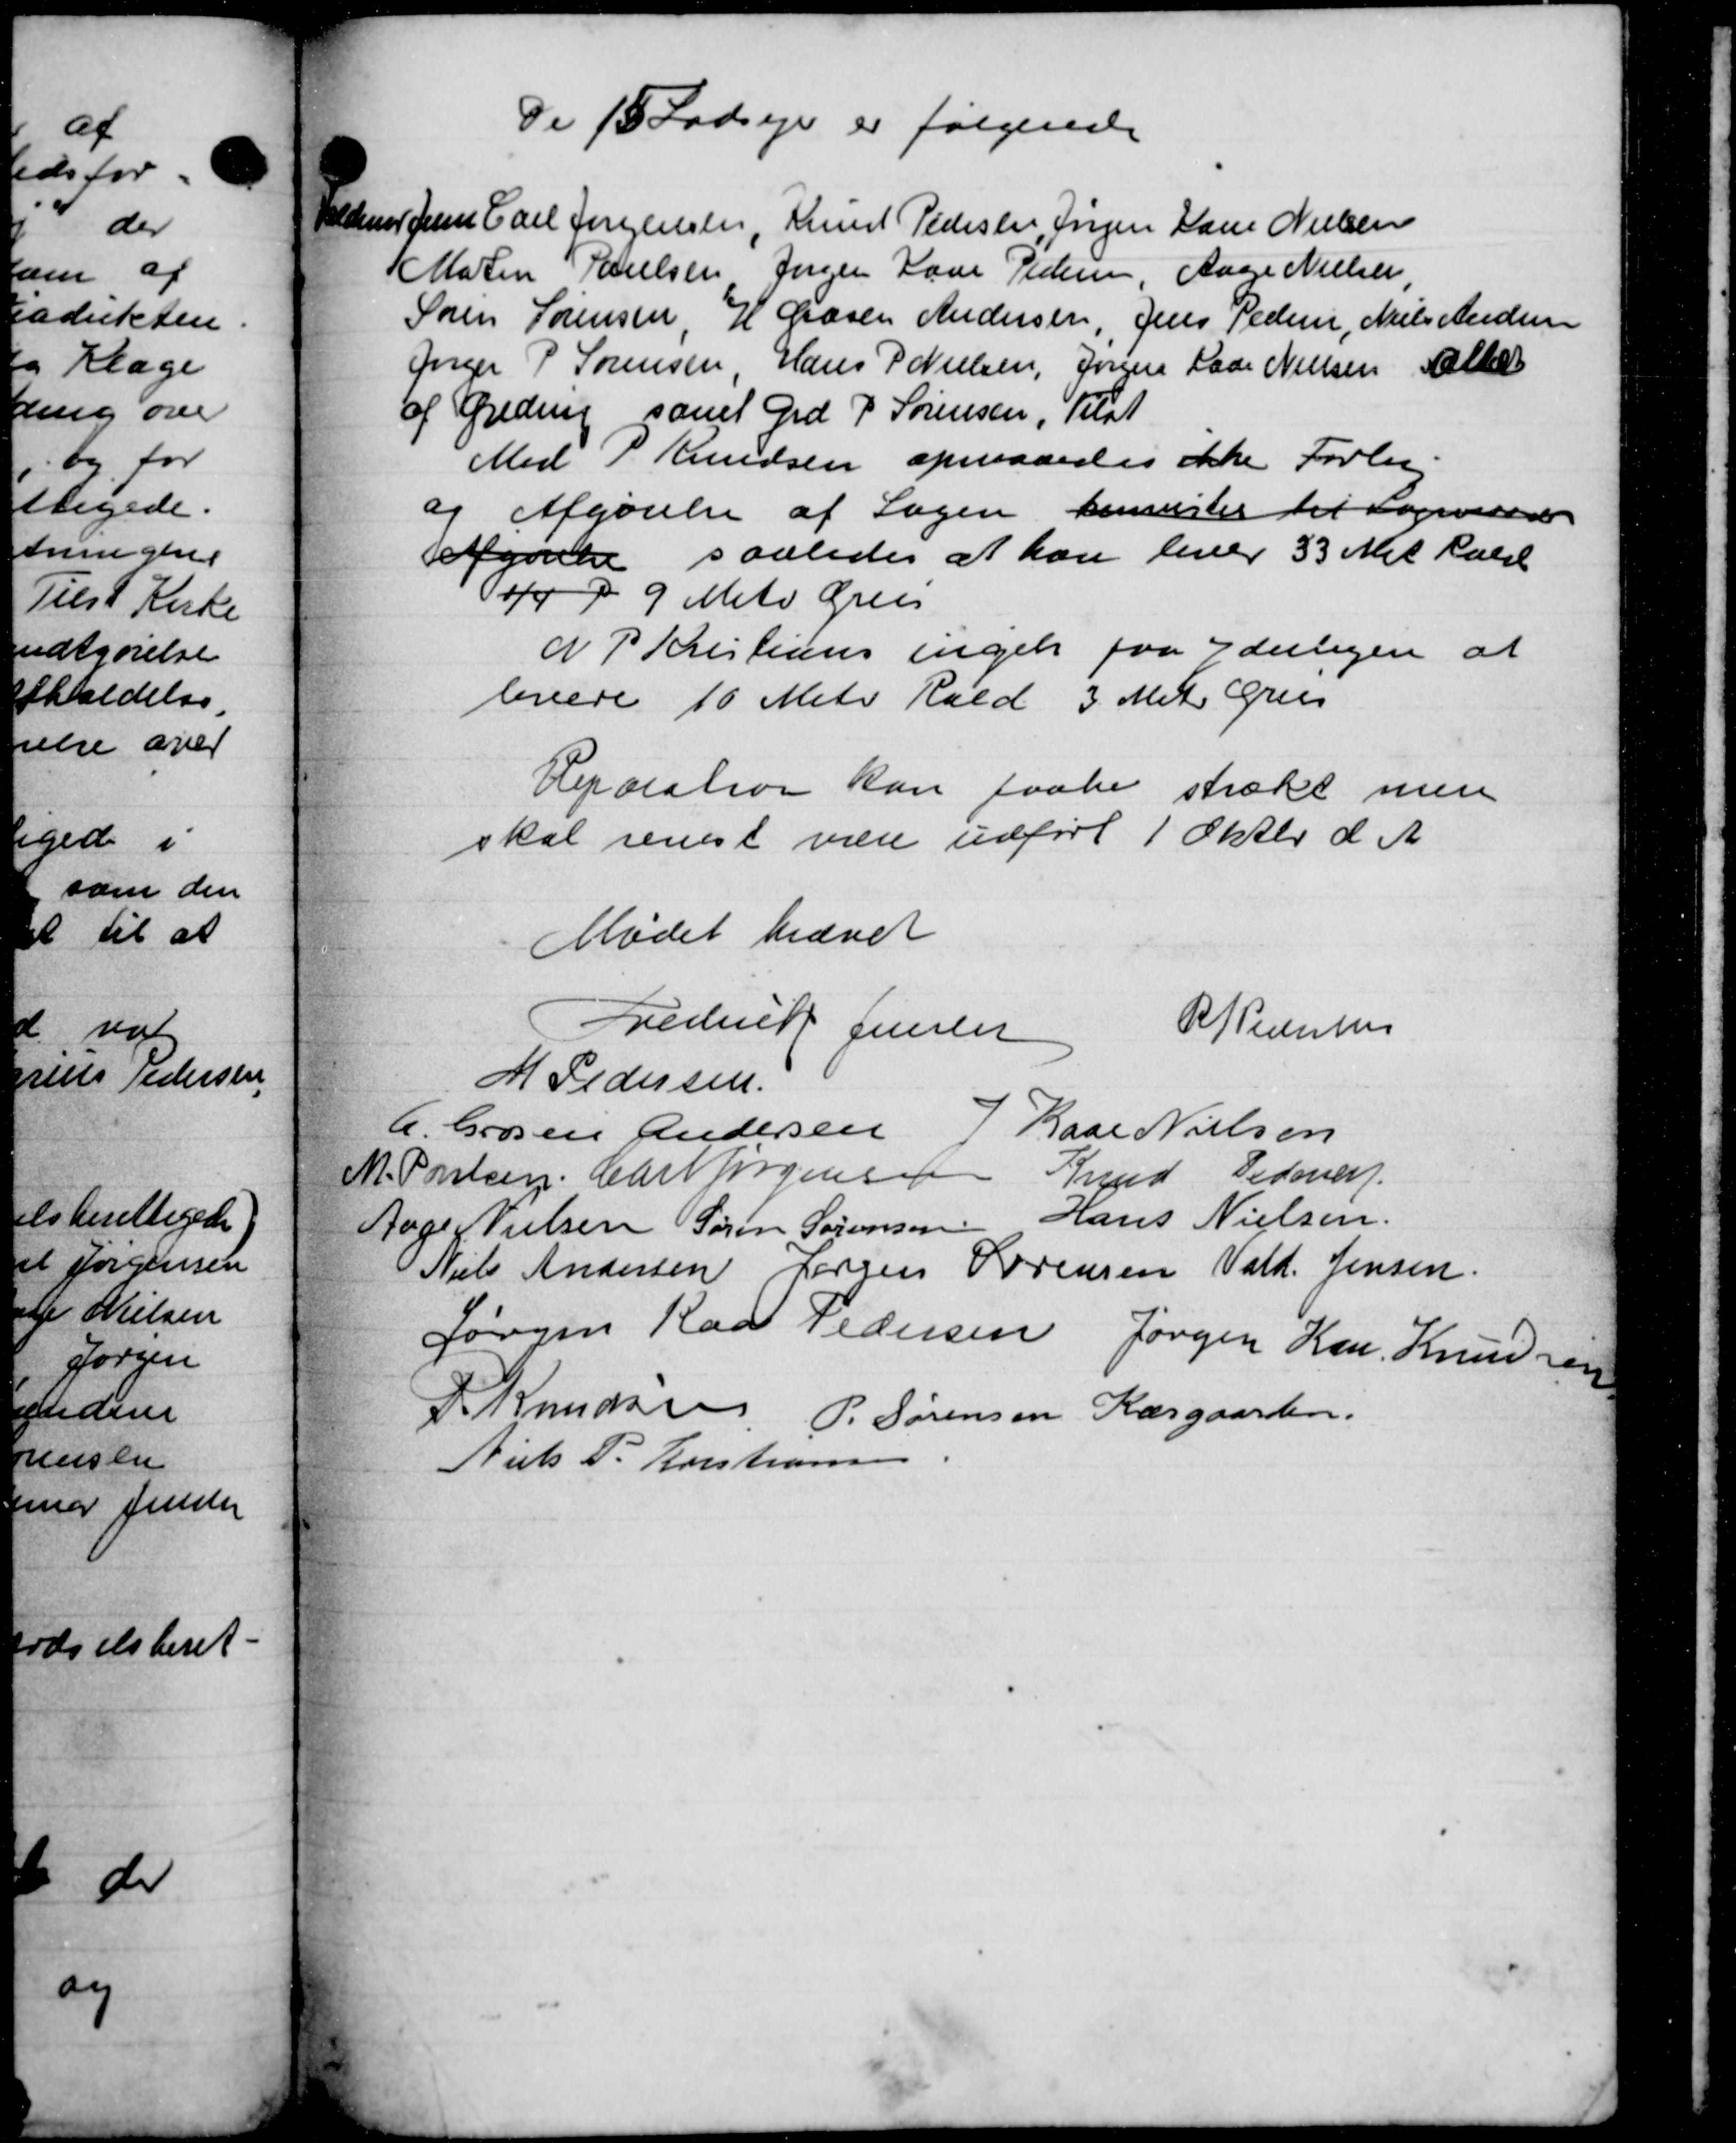
Transskription:
De 15 Fodsejer er følgende
Heldener Jense Carl Jørgensen, Knud Pedersen, Jørgen Laur Nielsen
Moten Poulsen Jørgen Laur Pedersen, Aage Nielsen
Søren Sørensen, H. Grasen Andersen, Jens Pederse, Niels Andersen
Jørger P Sørensen, Hans P Nielsen, Jørgen Laur Nielsen Alber
af Greding samt Grd P. Sørensen, Tilst
Med S Knudsen opnaaedes ikke Forlig
og Afgørelse af Sagen henvister til Sognerede
afgørelse saaledes at han lever 33 Met kale
4 d. 9 Meta Grus
N P Kristensen ingen paa Yderligere at
levere 10 Meter Rald 3. Met Grus
Reparation kan faske strakt mene
skal renest være udført 1 Oktbr. d. A.
Mødet hævet
Frederik Jensen
P P Pedersen
M Pedersen
A. Grosen Andersen Kase Nielsen
J Poulsen Chr Jørgensen Knud Pedersen
Joger Nielsen Søren Sørensen Hans Nielsen
Niels Andersen Jørgen Sørensen Vald. Jensen
Jørgen Raa Pedersen Jørgen Kan Knudsen
S Knudsen P. Sørensen Kærgaarden.
Niels P. Kristiansen